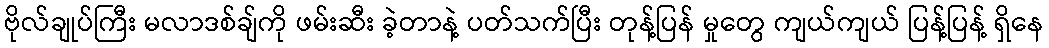
ဗိုလ်ချုပ်ကြီး မလာဒစ်ချ်ကို ဖမ်းဆီး ခဲ့တာနဲ့ ပတ်သက်ပြီး တုန့်ပြန် မှုတွေ ကျယ်ကျယ် ပြန့်ပြန့် ရှိနေ